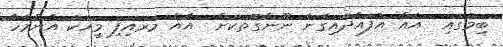
ބިމުގައި  އެއް އުފައްދައިގެން ނޫންގޮތަކަށް  އެއް މަރައިފި މީހަކު އެންމެހާ